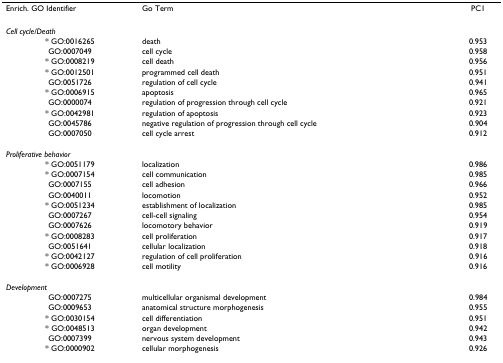
<table><thead><tr><td><b>Enrich. GO Identifier</b></td><td><b>Go Term</b></td><td><b>PC1</b></td></tr></thead><tbody><tr><td colspan="3"><i>Cell cycle/Death</i></td></tr><tr><td>* GO:0016265</td><td>death</td><td>0.953</td></tr><tr><td>GO:0007049</td><td>cell cycle</td><td>0.958</td></tr><tr><td>* GO:0008219</td><td>cell death</td><td>0.956</td></tr><tr><td>* GO:0012501</td><td>programmed cell death</td><td>0.951</td></tr><tr><td>GO:0051726</td><td>regulation of cell cycle</td><td>0.941</td></tr><tr><td>* GO:0006915</td><td>apoptosis</td><td>0.965</td></tr><tr><td>GO:0000074</td><td>regulation of progression through cell cycle</td><td>0.921</td></tr><tr><td>* GO:0042981</td><td>regulation of apoptosis</td><td>0.923</td></tr><tr><td>GO:0045786</td><td>negative regulation of progression through cell cycle</td><td>0.904</td></tr><tr><td>GO:0007050</td><td>cell cycle arrest</td><td>0.912</td></tr><tr><td colspan="3"><i>Proliferative behavior</i></td></tr><tr><td>* GO:0051179</td><td>localization</td><td>0.986</td></tr><tr><td>* GO:0007154</td><td>cell communication</td><td>0.985</td></tr><tr><td>GO:0007155</td><td>cell adhesion</td><td>0.966</td></tr><tr><td>GO:0040011</td><td>locomotion</td><td>0.952</td></tr><tr><td>* GO:0051234</td><td>establishment of localization</td><td>0.985</td></tr><tr><td>GO:0007267</td><td>cell-cell signaling</td><td>0.954</td></tr><tr><td>GO:0007626</td><td>locomotory behavior</td><td>0.919</td></tr><tr><td>* GO:0008283</td><td>cell proliferation</td><td>0.917</td></tr><tr><td>GO:0051641</td><td>cellular localization</td><td>0.918</td></tr><tr><td>* GO:0042127</td><td>regulation of cell proliferation</td><td>0.916</td></tr><tr><td>* GO:0006928</td><td>cell motility</td><td>0.916</td></tr><tr><td colspan="3"><i>Development</i></td></tr><tr><td>GO:0007275</td><td>multicellular organismal development</td><td>0.984</td></tr><tr><td>GO:0009653</td><td>anatomical structure morphogenesis</td><td>0.955</td></tr><tr><td>* GO:0030154</td><td>cell differentiation</td><td>0.951</td></tr><tr><td>* GO:0048513</td><td>organ development</td><td>0.942</td></tr><tr><td>GO:0007399</td><td>nervous system development</td><td>0.943</td></tr><tr><td>* GO:0000902</td><td>cellular morphogenesis</td><td>0.926</td></tr></tbody></table>